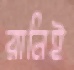
রানিই